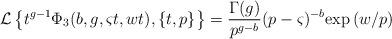
LaTeX: \begin{align*}\mathcal{L}\left\{t^{g-1}\Phi _3(b,g,\varsigma t,wt),\left\{t,p\right\}\right\}=\frac{\Gamma (g)}{p^{g-b}}(p-\varsigma)^{-b}\mathrm{exp}\left(w/p\right)\end{align*}